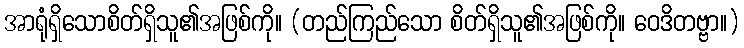
အာရုံရှိသောစိတ်ရှိသူ၏အဖြစ်ကို။ (တည်ကြည်သော စိတ်ရှိသူ၏အဖြစ်ကို။ ဝေဒိတဗ္ဗာ။)